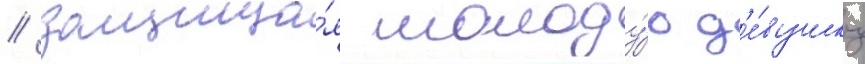
/ защища́я молоду́ю д'е́вушку